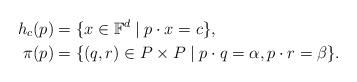
LaTeX: \begin{align*}h_c(p) &= \{x \in \mathbb{F}^d \mid p \cdot x = c\}, \\\pi(p) &= \{(q,r) \in P \times P \mid p \cdot q = \alpha, p \cdot r = \beta \}.\end{align*}